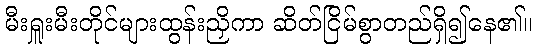
မီးရှူးမီးတိုင်များထွန်းညှိကာ ဆိတ်ငြိမ်စွာတည်ရှိ၍နေ၏။